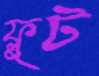
ফ্লুট